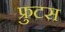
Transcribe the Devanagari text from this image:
फ्रुटस